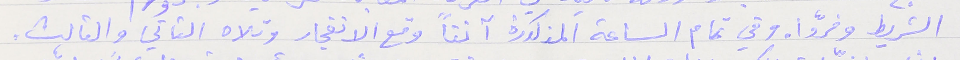
الشريط وفرّوا. وفي تمام الساعة المذكورة آنفاً وقع الانفجار وتلاه الثاني والثالث.